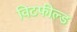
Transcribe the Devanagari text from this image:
विटफील्ड